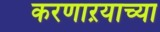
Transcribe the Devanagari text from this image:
करणाऱयाच्या